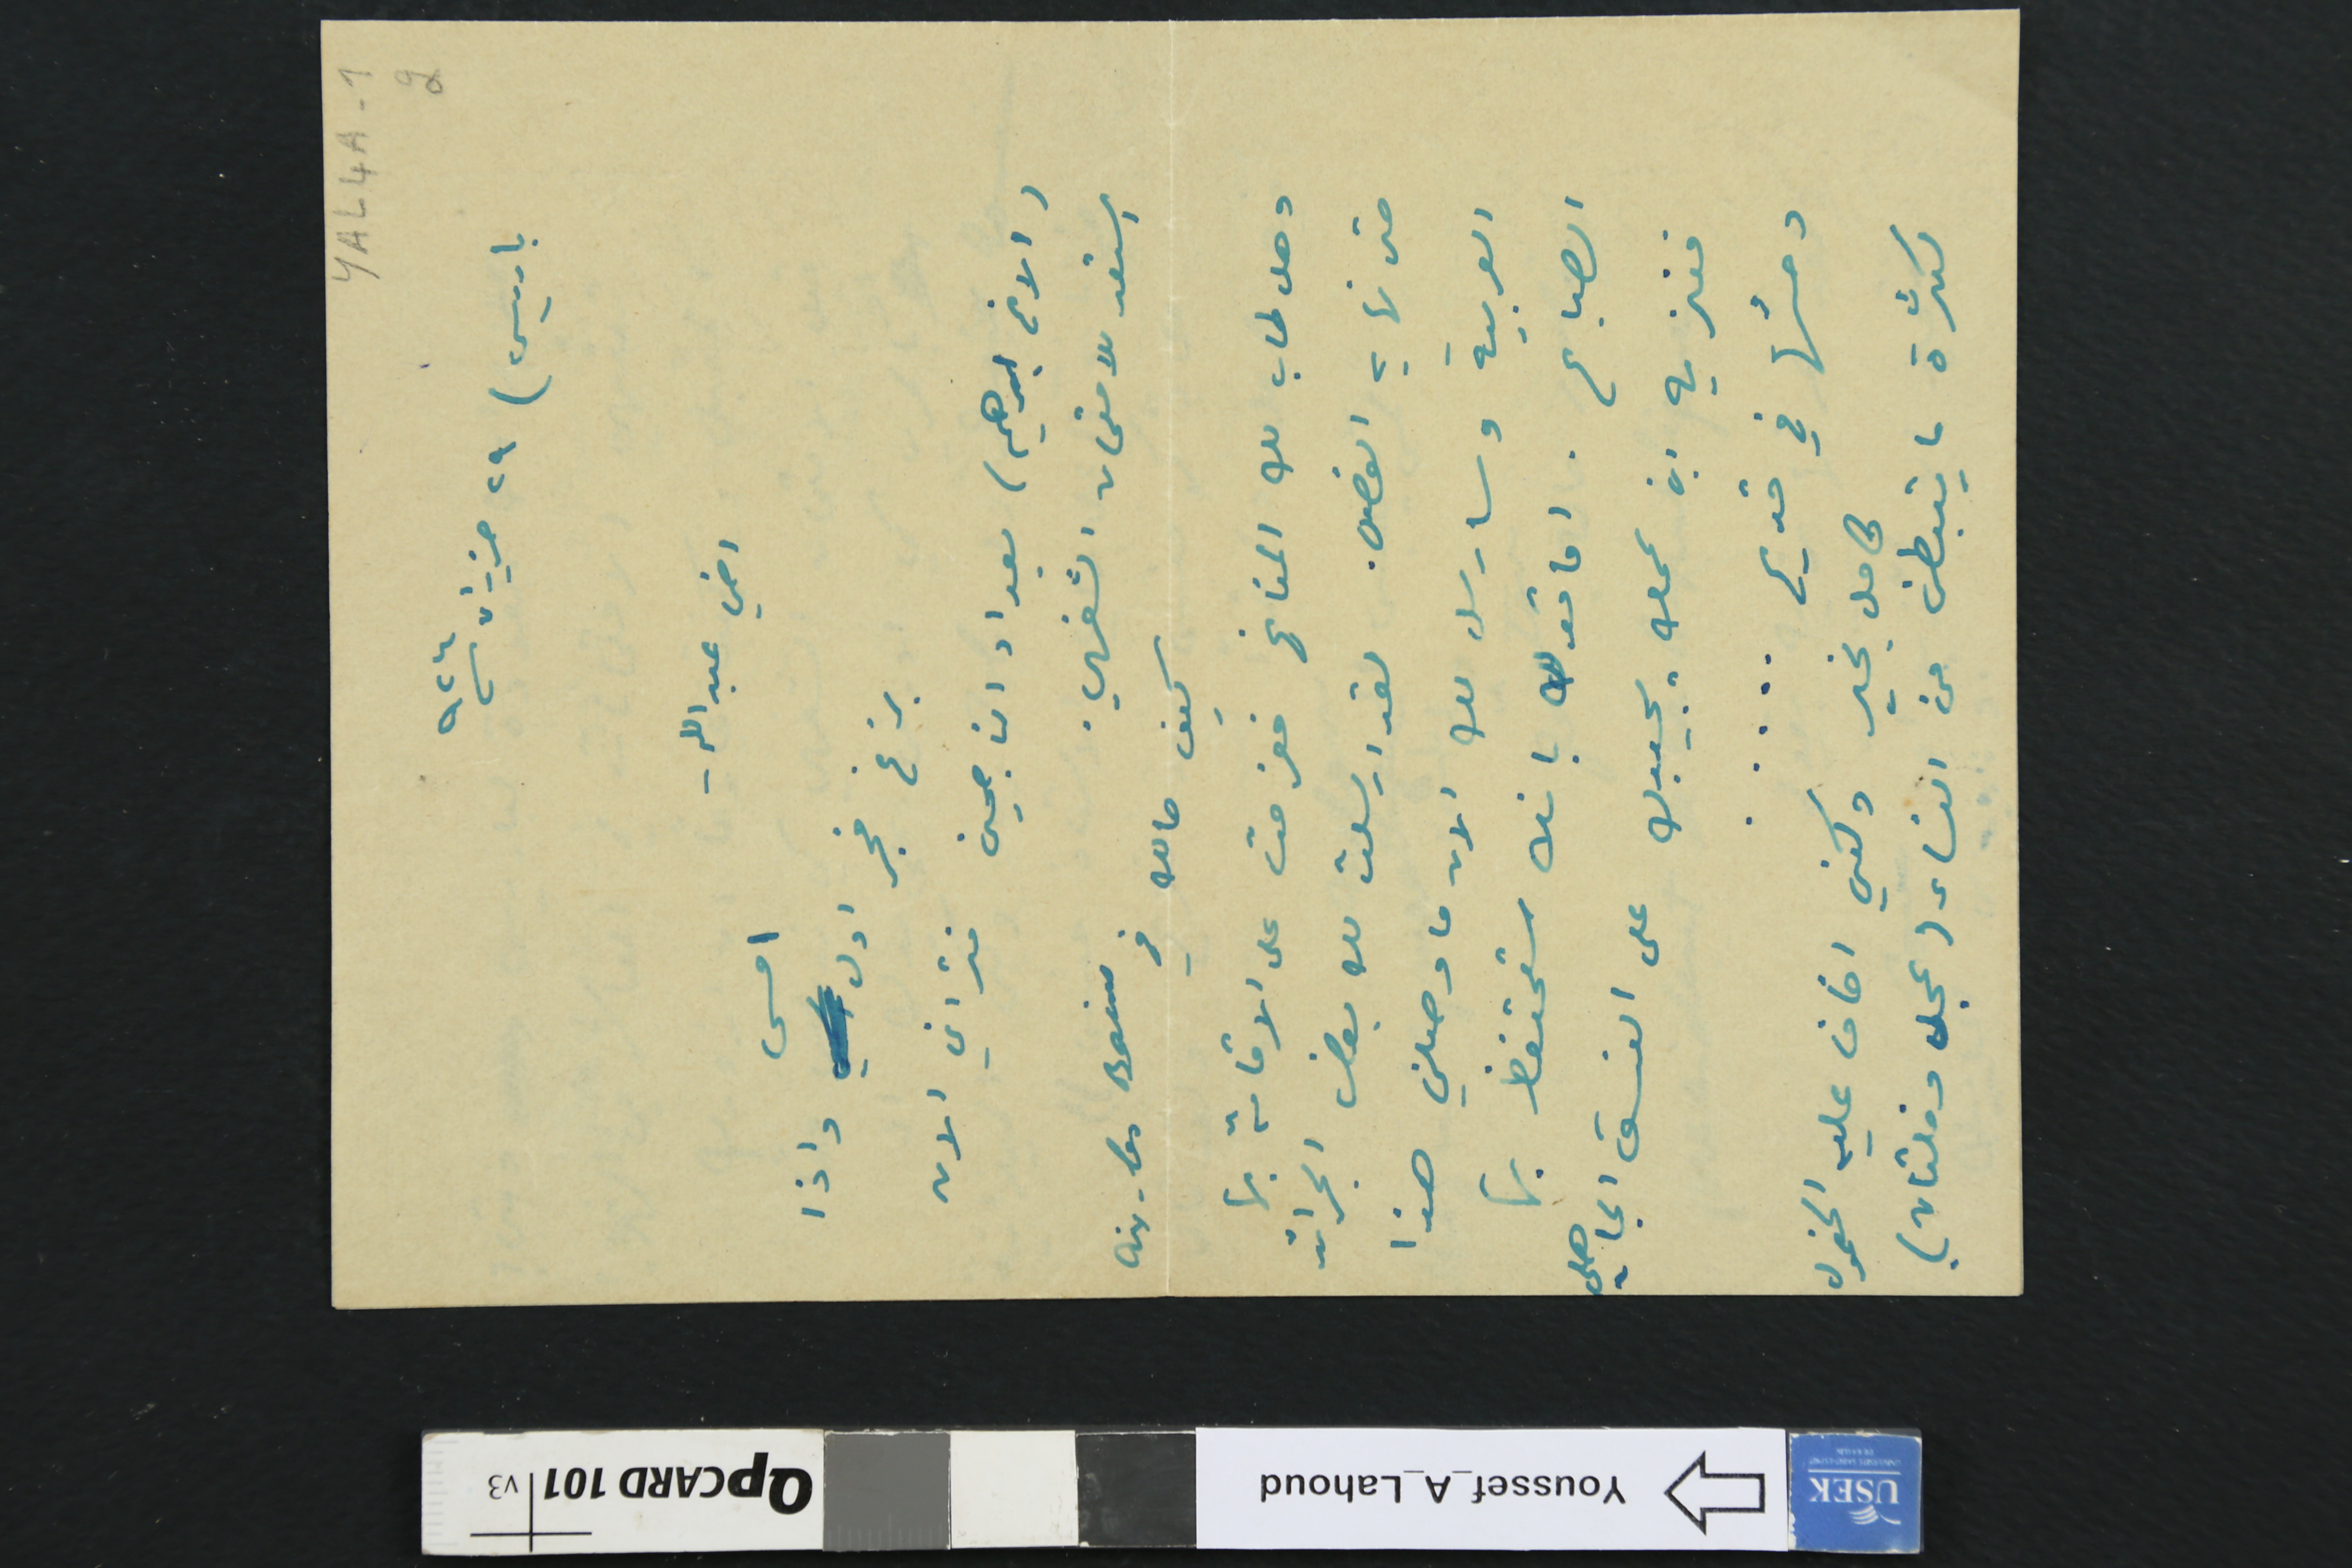
YAL4A-1 2
باريس) ٢٩ حزيران /٩٢٤
اخي عبدالله -
بزغ فجر اول امس واذا
(الاخ ابرهيم) بعداد الناجحين فتراني الان
استعد للامتحان الشفهي.
كيف حالك فى aix-les Bains
وهل طاب لك المناخ فغرمت على الاقامة بها
حتى نهاية الفصل. لقد ارسلت لك بعض الجرائد
العربية وسارسل لك الان ما وصلني هذا
الصباح . اما قولك بانك ستحتفظ بها
فنزيه ابن عمك يجيبك على النسق الجاهلي
وحسُها في قديم.....
كامل بخير ولكني اخاف عليه الخمول
لكثرة ما يتبطن من النساء (عجل وفلتان)